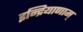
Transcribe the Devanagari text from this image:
इन्द्रियाणाम्